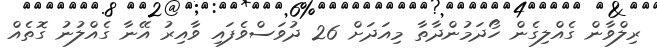
ރިލްވާން ގެއްލިގެން ހޯދަމުންދާތާ މިއަދަށް 26 ދުވަސްވެފައި ވާއިރު އޭނާ ގެއްލުނު ގޮތެއް